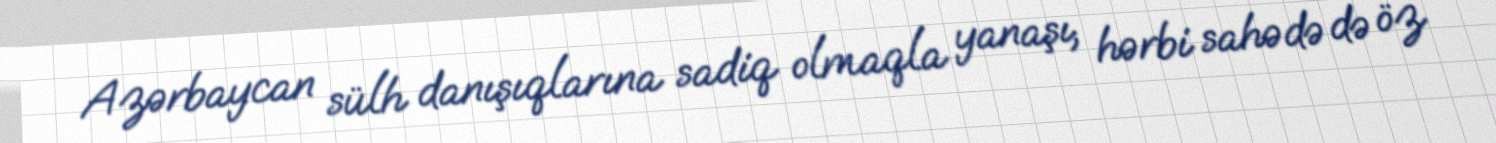
Azərbaycan sülh danışıqlarına sadiq olmaqla yanaşı, hərbi sahədə də öz